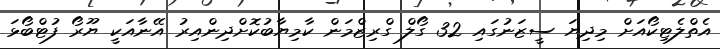
އެތްލެޓިކޯއަށް މިދިޔަ ސީޒަނުގައި 32 ގޯލް ގްރިޒްމަން ކާމިޔާބުކޮށްދިންއިރު އޭނާއަކީ ޔޫރޯ ފުޓްބޯޅަ